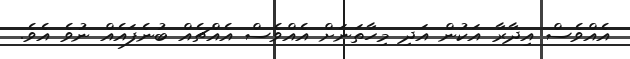
އެއްވެސް އިދާރާ އަކުން އަދި މިހާތަނަށް އެއްވެސް އެއްޗެއް ބުނެފައެއް ނުވެ އެވެ.